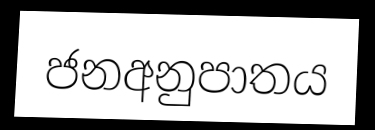
ජනඅනුපාතය